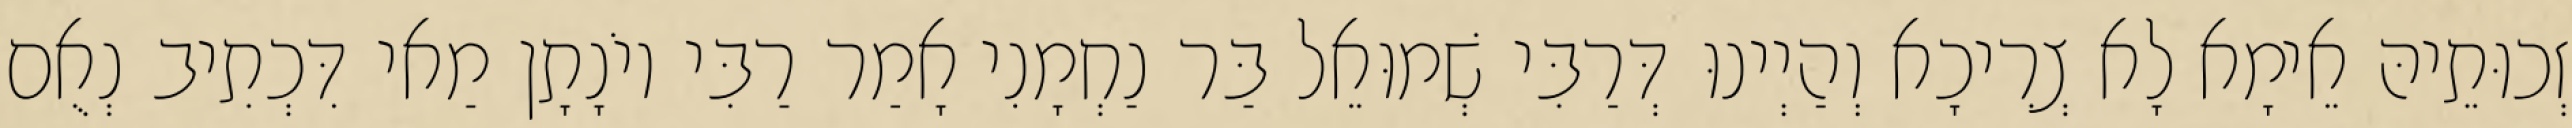
זְכוּתֵיהּ אֵימָא לָא צְרִיכָא וְהַיְינוּ דְּרַבִּי שְׁמוּאֵל בַּר נַחְמָנִי אָמַר רַבִּי יוֹנָתָן מַאי דִּכְתִיב נְאֻם